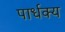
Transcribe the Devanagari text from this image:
पार्धक्य